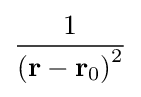
{\frac {1}{{(\mathbf {r} -\mathbf {r} _{0})}^{2}}}